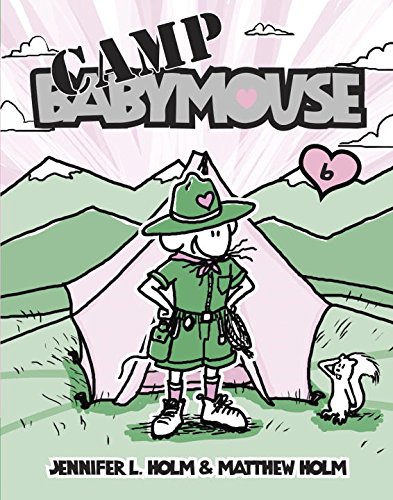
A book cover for Babymouse #6: Camp Babymouse; Jennifer L. Holm; Children's Books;